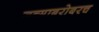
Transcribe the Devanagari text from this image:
जन्माबरोबरच